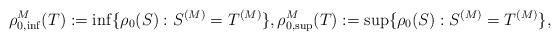
LaTeX: \begin{align*}\rho^M_{0,\inf}(T) := \inf \{\rho_0(S) : S^{(M)} = T^{(M)}\}, \rho^M_{0,\sup}(T) := \sup \{\rho_0(S) : S^{(M)} = T^{(M)}\},\end{align*}